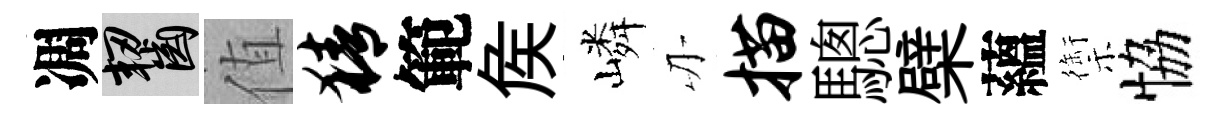
凋齧值猜範矦嶙刃描驄檗蘊禦恊